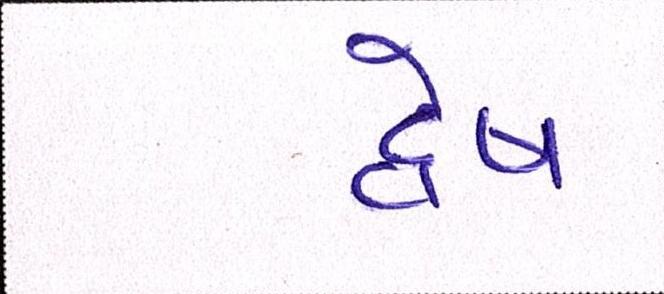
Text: દ્વેષ